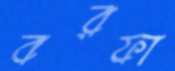
বরফা